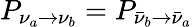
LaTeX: P_{\nu_{a}\rightarrow\nu_{b}}=P_{{\bar{\nu}}_{b}\rightarrow{\bar{\nu}}_{a}}